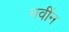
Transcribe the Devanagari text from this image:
नवींन